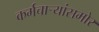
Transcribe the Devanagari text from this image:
कर्मचाऱ्यांसमोर